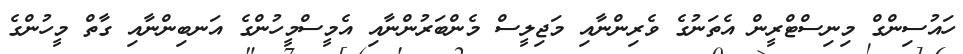
ހައުސިންގް މިނިސްޓްރީން އެތަނުގެ ވެރިންނާއި މަޖިލީސް މެންބަރުންނާއި އެމީސްމީހުންގެ އަނބިންނާއި ގާތް މީހުންގެ